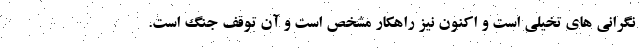
نگرانی های تخیلی است و اکنون نیز راهکار مشخص است و آن توقف جنگ است.